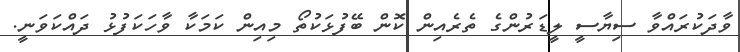
ވާދަކުރައްވާ ސިޔާސީ ލީޑަރުންގެ ތެރެއިން ކޮން ބޭފުޅަކުތޯ މިއިން ކަމަކާ ވާހަކަފުޅު ދައްކަވަނީ.